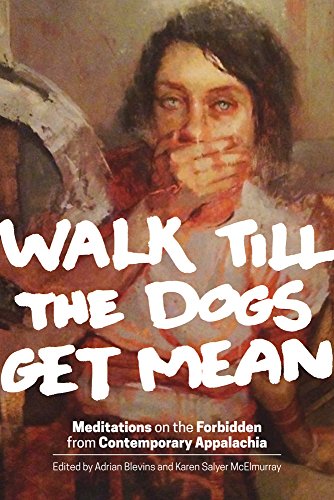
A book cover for Walk Till the Dogs Get Mean: Meditations on the Forbidden from Contemporary Appalachia; Literature & Fiction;